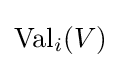
\operatorname {Val} _{i}(V)